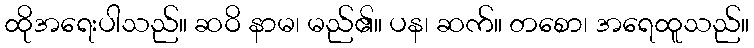
ထိုအရေးပါသည်။ ဆဝိ နာမ၊ မည်၏။ ပန၊ ဆက်။ တစော၊ အရေထူသည်။